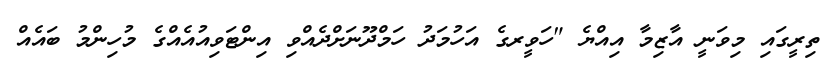
ތިރީގައި މިވަނީ އާޒިމާ އިއްޔެ "ހަވީރގެ އަހުމަދު ހަމްދޫނަށްދެއްވި އިންޓަވިއުއެއްގެ މުހިންމު ބައެއް